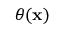
\theta ( \mathbf { x } )